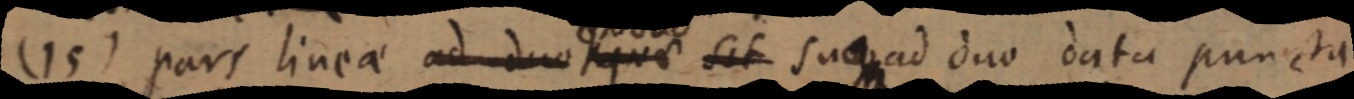
(15) pars linea ad duo quae sit suae ad duo data puncta